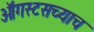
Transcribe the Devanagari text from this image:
ऑगस्टसच्याच